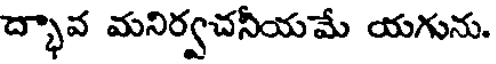
ద్భావ మనిర్వచనీయమే యగును.